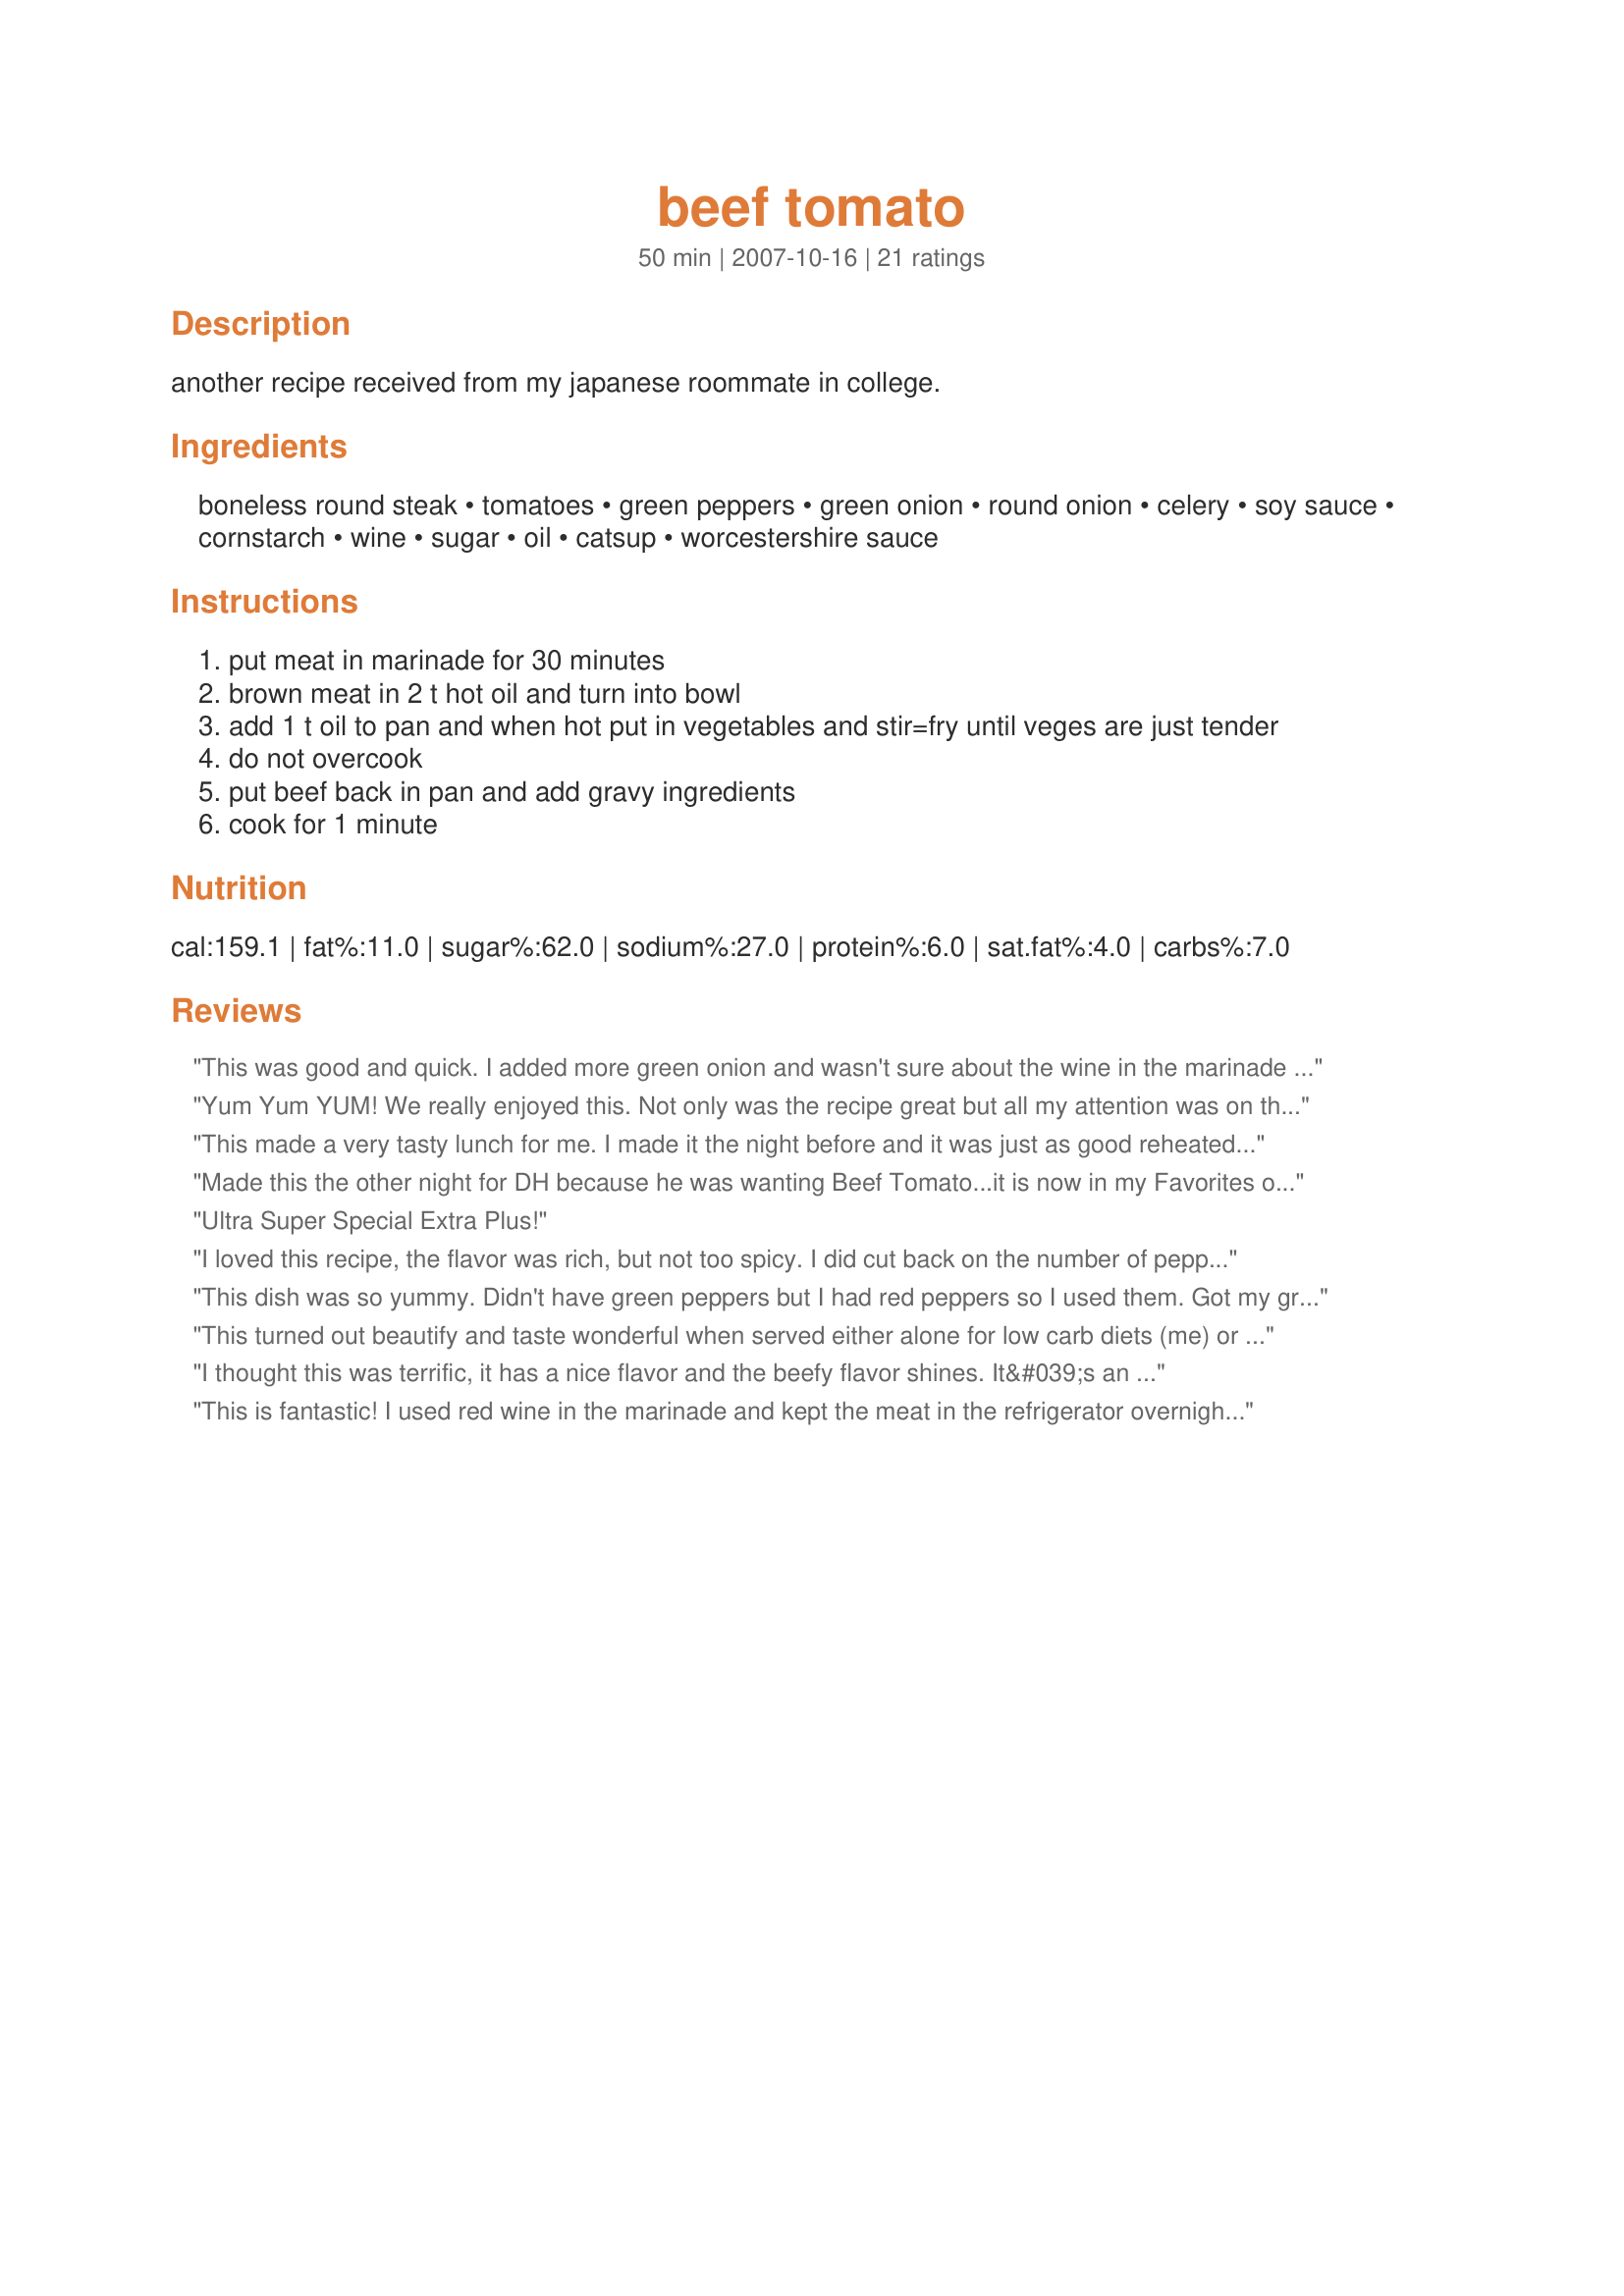
beef tomato
Preparation time: 50 minutes

another recipe received from my japanese roommate in college.

Ingredients:
boneless round steak, tomatoes, green peppers, green onion, round onion, celery, soy sauce, cornstarch, wine, sugar, oil, catsup, worcestershire sauce

Steps:
put meat in marinade for 30 minutes
brown meat in 2 t hot oil and turn into bowl
add 1 t oil to pan and when hot put in vegetables and stir=fry until veges are just tender
do not overcook
put beef back in pan and add gravy ingredients
cook for 1 minute

Reviews:
This was good and quick. I added more green onion and wasn't sure about the wine in the marinade so I used rice wine vinegar. I cooked the veggies in two stages, the peppers, white onion and celery first and when it was almost done I added the tomato and green onion. I'd make this again for sure.
Yum Yum YUM! We really enjoyed this. Not only was the recipe great but all my attention was on this dish and the veggies and meat were cooked perfectly. I used red, green and yellow peppers...it was beautiful! I added 2 cloves minced garlic to the veggies before adding the meat back, a good amount of red pepper flakes and made 3x the gravy. I also made my rice with coconut milk and it made it sticky rice. Everything came together and we had a fantastic dinner. I will make this again.
This made a very tasty lunch for me. I made it the night before and it was just as good reheated as when I originally made it. Thanks for sharing.
Made this the other night for DH because he was wanting Beef Tomato...it is now in my Favorites of 2011. He already is requesting this again. I used fresh tomatoes, 2 green onions plus a red onion and added 2 cloves of minced garlic and a few red pepper flakes. Heavennnnnnn! Thank you for a quick, easy and delicious meal.
Ultra Super Special Extra Plus!
I loved this recipe, the flavor was rich, but not too spicy. I did cut back on the number of peppers - used only 2 and I used red peppers and it worked well. The marinade and gravy are what makes the dish so good. Will definitely make again.
This dish was so yummy. Didn't have green peppers but I had red peppers so I used them. Got my green onion from the yard. This dos was perfect
This turned out beautify and taste wonderful when served either alone for low carb diets (me) or over noodles (and DH). Quick easy and something we will happily enjoy again. Thanks for the post.
I thought this was terrific, it has a nice flavor and the beefy flavor shines. It&#039;s an easy meal after all of the chopping &amp; mixing too. I quartered a container of cherry tomatoes and could have used less. Next time I will double the gravy ingredients as we like having enough sauce for rice. Thank you for sharing the recipe!
This is fantastic! I used red wine in the marinade and kept the meat in the refrigerator overnight. Cooked this in my electric skillet and it took no time at all to put together. My DH isnt fond of green peppers so I only used one but that seemed to be enough. The tomatoes I quartered and than sliced, 3 worked great. The gravy adds a very nice flavor and shine to the vegetables. I was a little worried about the sugar making this to sweet but no problems, everything was wonderful! Served over white rice since I was out of brown. Thank you Lavender Lynn for posting your recipe!
very good! DH loved it! I used sirlon instead of round steak & forgot the celery somehow. 
I really had to hold back and not add any chili peppers while cooking it. I wanted to try the true recipe before doctoring it up. made for asian forum 'green eggs & ham' tag game.
GREAT TASTING RECIPE!! Other than using canned tomatoes, maade as posted. Marinade was super !!, and this was a fantastic meal. Thanks for posting. Made for PRMR..
Excellent! I love stir-fry dishes and this one is right at the top of my list of favorites. I was a little apprehensive of using ketchup in the gravy, but it had a wonderful flavor. The only thing that I would do differently next time, is to make 2-3 times the amount of gravy. It was so good over rice. Thanks Lynn for a fabulous dinner. Made for Photo Tag.
This is a great one dish recipe! The marinade is excellent, it just gave the beef a wonderful taste. The gravy was tasty as well! I plan on making this dish a lot more with other types of meat too.
My BF's mother has a top notch, stellar beef tomato recipe that I cook every now and again but I have yet to write it down. I tried this one tonight, and although markedly different from the aforementioned, I am so happy that I went through with it. My son loved it! Restaurant quality for sure. Prepared exactly as written with the addition of some minced garlic...I just can't seem to cook without it! Thank you, this was VERY good!
We had peppers that needed to be used up. Most of the other items we hand on hand, so you saved us a trip to the grocery store. We served this over brown rice. Loved the fact that the beef didn't need to marinate for hours or over night. Thanks for dinner!
This is a great pepper steak recipe. The only change I made was to use red and orange bell peppers as DH is not fond of green peppers. DH had several helpings so I know he really enjoyed it. Served this dish with rice and it really didn&#039;t need anything else -- a complete meal in itself. The only change I would make next time is to double the gravy. Will definitely make this dish again! Made for PRMR, May, 2013.
Awesome! I didn't have fresh tomatoes so I used canned and it was still great! The ketchup adds a touch of sweetness that works really well with the tomatoes. I've made this recipe a couple of times and it's a never-fail recipe. Thanks for sharing it!
Delicious! We really loved this quick and easy dish. I wanted to make sure that the meat really soaked up the flavor of the marinade, so I not only increased the amount of marinade used, but I let the meat marinate for about 2 hours. I used sake wine in the marinade and low-sodium soy sauce. Also, I doubled the gravy because we desired to have more sauce to compliment the amount of vegetables used. I served this over jasmine rice. **Made for 2016 Culinary Quest for Pi Rho Maniacs - Japan**
I won't rate this because I made a few changes/additions. I have to say, this was really delicious, and I'll certainly make it again. I used Campari tomatoes, a red pepper (because that's what I had on hand) and added a small zucchini, also cut in cubes. I doubled the gravy, as suggested by a few of the other &quot;chefs.&quot; Used sherry for the wine. Regarding the preparation, I used round steak, cut as thinly as possible against the grain, and let it stay in the marinade for about 4 hrs. I fried the meat first. I stir fried the peppers, onions and zucchini next, then added the tomatoes after the meat was returned to the pan. 2 of us ate the entire pan-full!
We really enjoyed this for our dinner served over rice. At the recommendation of other reviewers, I doubled the gravy. A bit of crushed red pepper would add a nice kick. Thanks for sharing.
